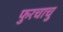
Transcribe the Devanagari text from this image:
फुरचाचु